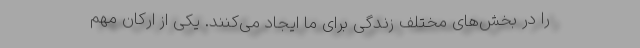
را در بخش‌های مختلف زندگی برای ما ایجاد می‌کنند. یکی از ارکان مهم